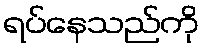
ရပ်နေသည်ကို